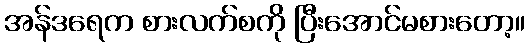
အန်ဒရေက စားလက်စကို ပြီးအောင်မစားတော့။